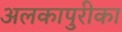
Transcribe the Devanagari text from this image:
अलकापुरीका